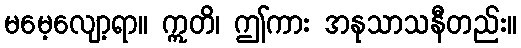
မမေ့လျော့ရာ။ ဣတိ၊ ဤကား အနုသာသနီတည်း။